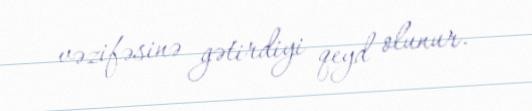
vəzifəsinə gətirdiyi qeyd olunur.